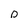
Character: D